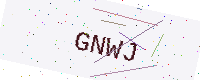
Text: GNWJ